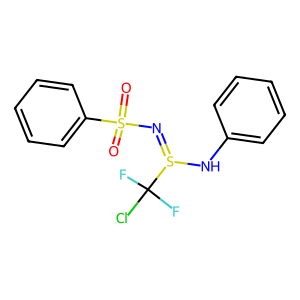
SMILES: O=S(=O)(N=S(Nc1ccccc1)C(F)(F)Cl)c1ccccc1
Inhibits HIV replication: No